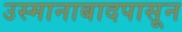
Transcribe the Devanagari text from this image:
उस्मानाबादपासून